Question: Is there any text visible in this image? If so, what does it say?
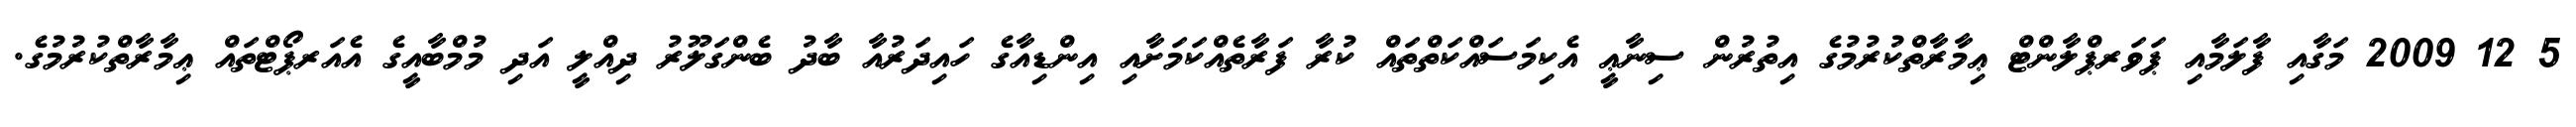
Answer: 5 12 2009 މަގާއި ފާލަމާއި ޕަވަރޕްލާންޓް ޢިމާރާތްކުރުމުގެ އިތުރުން ސިނާޢީ އެކިމަސައްކަތްތައް ކުރާ ފަރާތެއްކަމަށާއި އިންޑިއާގެ ހައިދަރުއާ ބާދު ބެންގަލޫރު ދިއްލީ އަދި މުމްބާއީގެ އެއަރޕޯޓްތައް ޢިމާރާތްކުރުމުގެ.